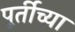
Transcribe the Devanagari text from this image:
पूर्तीच्या